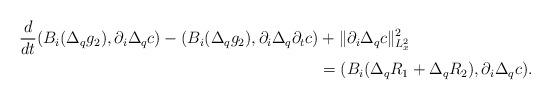
LaTeX: \begin{align*}\frac{d}{dt} (B_i (\Delta_q g_2), \partial_i \Delta_qc ) - (B_i (\Delta_q g_2), \partial_i \Delta_q\partial_tc )&+ \Vert \partial_i \Delta_qc \Vert^2_{L^2_x} \\&= (B_i(\Delta_qR_1+\Delta_qR_2), \partial_i \Delta_qc).\end{align*}